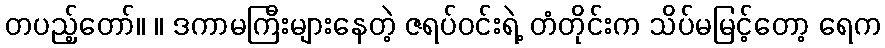
တပည့်တော်။ ။ ဒကာမကြီးများနေတဲ့ ဇရပ်ဝင်းရဲ့ တံတိုင်းက သိပ်မမြင့်တော့ ရေက